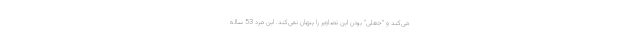
می‌کند و "جعلی" بودن این تصاویر را پنهان نمی‌کند. این مرد 53 ساله